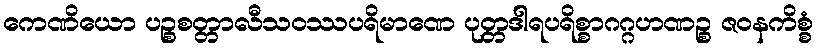
ကေဏိယော ပဉ္စစတ္တာလီသဝဿပရိမာဏေ ပုတ္တဒါရပရိစ္စာဂဂ္ဂဟဏဉ္စ ဇဝနကိစ္စံ